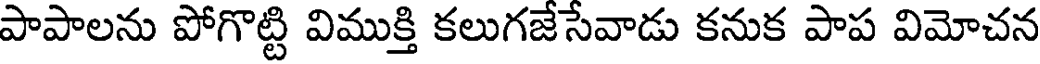
పాపాలను పోగొట్టి విముక్తి కలుగజేసేవాడు కనుక పాప విమోచన